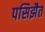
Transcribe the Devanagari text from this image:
पसिझैत